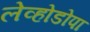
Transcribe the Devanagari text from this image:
लेव्होडोपा